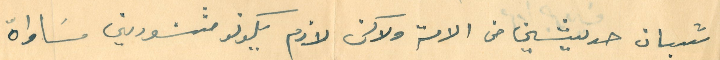
شبان حديثين من الامة ولاكن لازم يكونو  مثنورين مسَاواة